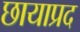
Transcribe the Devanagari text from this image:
छायाप्रद